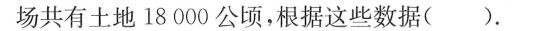
场共有土地18000公顷，根据这些数据( )。